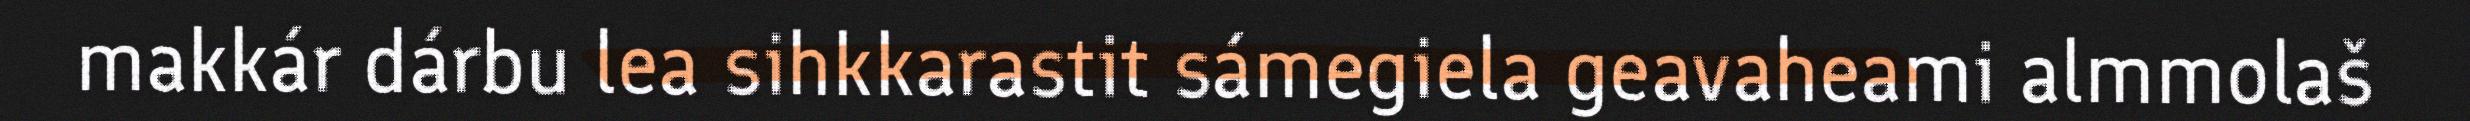
makkár dárbu lea sihkkarastit sámegiela geavaheami almmolaš